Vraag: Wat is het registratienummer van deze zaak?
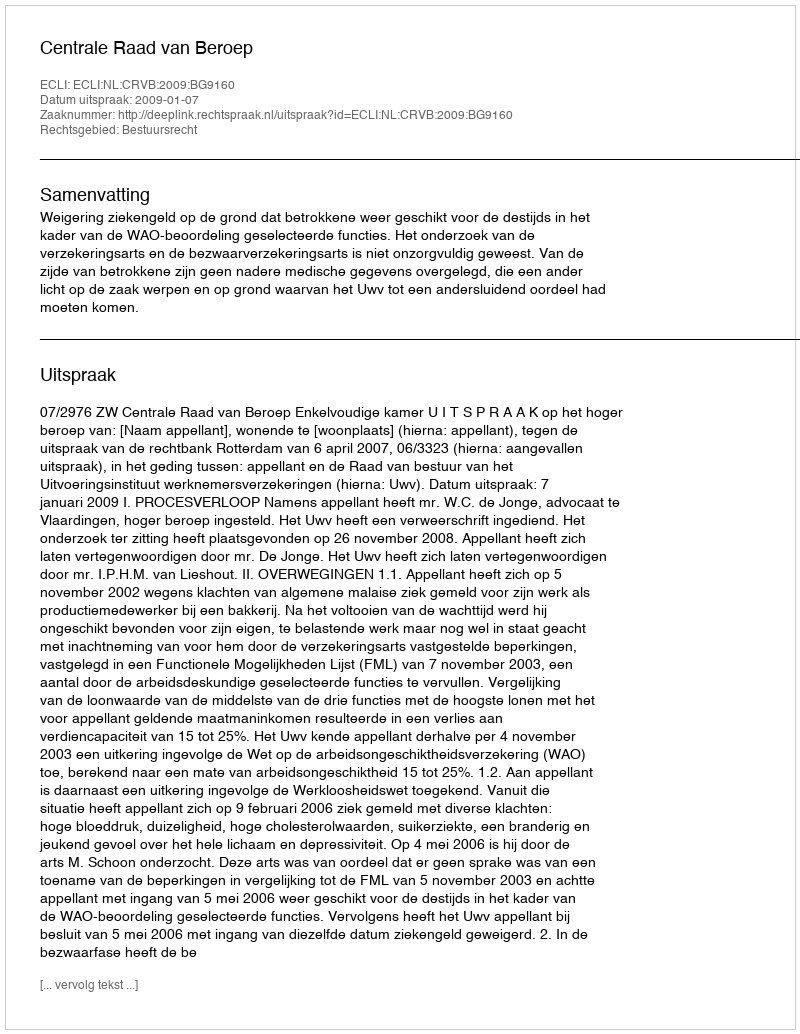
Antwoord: http://deeplink.rechtspraak.nl/uitspraak?id=ECLI:NL:CRVB:2009:BG9160